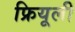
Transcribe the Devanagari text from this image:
फ्रियूली